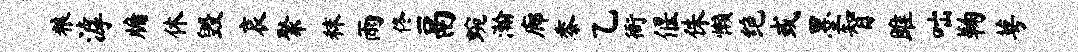
粮滹牖休毁哀聚秣雨佟鬲蜿瀚廊黍乙衙偃侏懒绝或墨智雎咄鞠萼